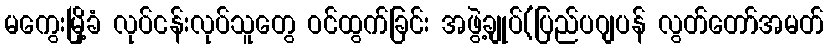
မကွေးမြို့ခံ လုပ်ငန်းလုပ်သူတွေ ဝင်ထွက်ခြင်း အဖွဲ့ချုပ်(ပြည်ပဂျပန် လွတ်တော်အမတ်